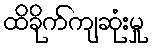
ထိခိုက်ကျဆုံးမှု